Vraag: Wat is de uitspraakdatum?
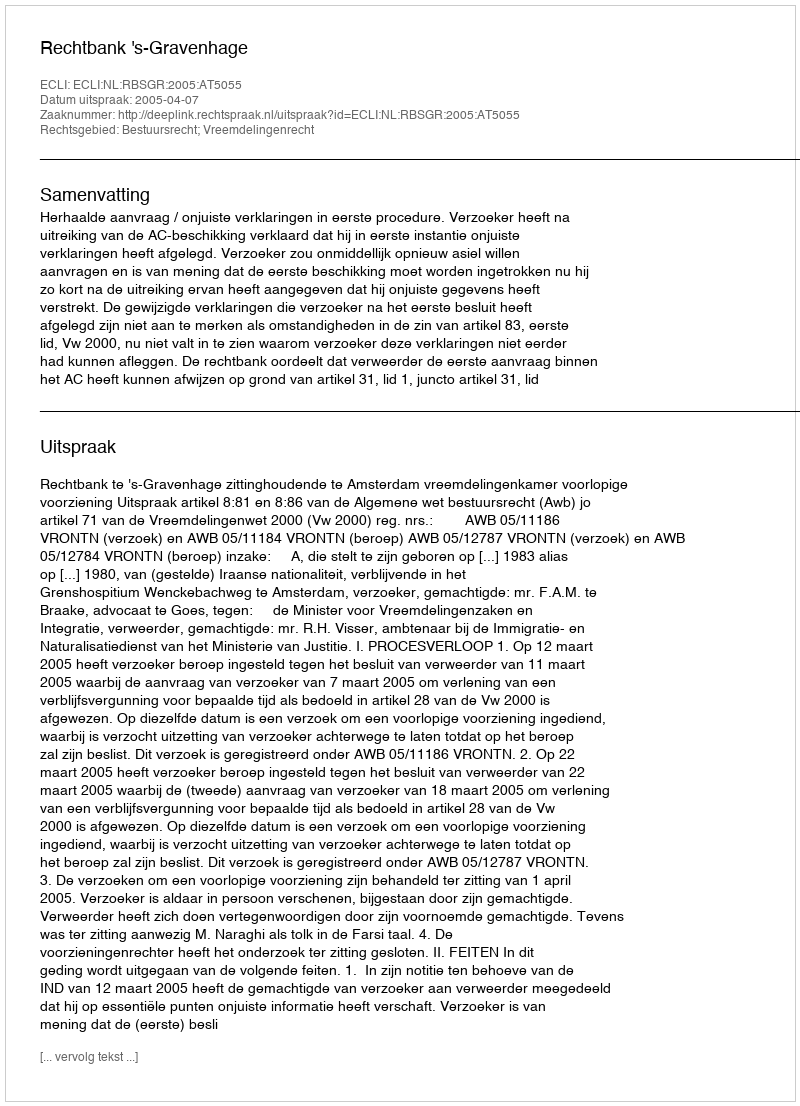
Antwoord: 2005-04-07